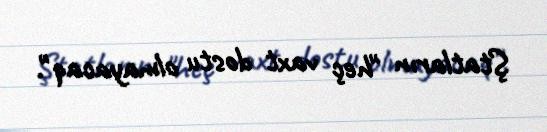
Ştatların "heç vaxt dostu olmayacaq".